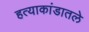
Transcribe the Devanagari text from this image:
हत्याकांडातले